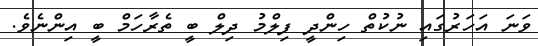
ވަނަ އަހަރުގައި ނުކުތް ހިންދީ ފިލްމު ދިލް ބީ ތެރާހަމް ބީ އިންނެވެ.